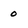
Character: o